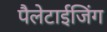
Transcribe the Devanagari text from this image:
पैलेटाईजिंग